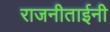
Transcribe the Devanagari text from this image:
राजनीताईनी